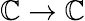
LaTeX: \mathbb{C}\to\mathbb{C}